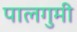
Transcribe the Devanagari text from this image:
पालगुमी